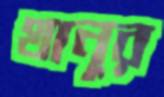
থানুর